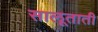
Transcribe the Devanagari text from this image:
सालूताती